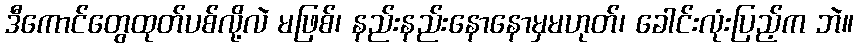
ဒီကောင်တွေထုတ်ပစ်လို့လဲ မဖြစ်၊ နည်းနည်းနောနောမှမဟုတ်၊ ခေါင်းလုံးပြည့်က ဘဲ။